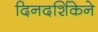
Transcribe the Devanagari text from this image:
दिनदर्शिकेने